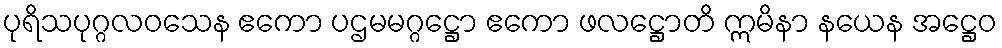
ပုရိသပုဂ္ဂလဝသေန ဧကော ပဌမမဂ္ဂဋ္ဌော ဧကော ဖလဋ္ဌောတိ ဣမိနာ နယေန အဋ္ဌေဝ